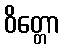
ဝိတ္တော